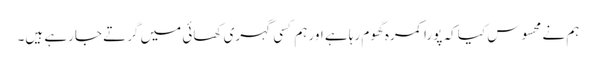
ہم نے محسوس کیا کہ پورا کمرہ گھوم رہا ہے اور ہم کسی گہری کھائی میں گرتے جارہے ہیں۔